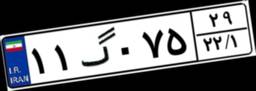
۴۴گ۳۲۸۲۸